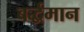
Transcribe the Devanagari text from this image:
बर्द्धमान